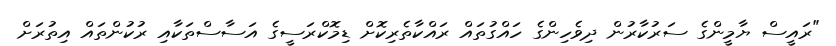
"ރައީސް ޔާމީންގެ ސަރުކާރުން ދިވެހިންގެ ހައްގުތައް ރައްކާތެރިކޮށް ޑިމޮކްރަސީގެ އަސާސްތަކާއި ރުކުންތައް އިތުރަށް